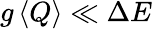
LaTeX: g\left\langle Q\right\rangle\ll\Delta E